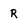
Character: R